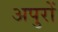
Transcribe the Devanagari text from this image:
अपुरों